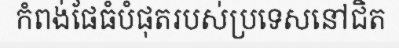
កំពង់ផែធំបំផុតរបស់ប្រទេសនៅជិត